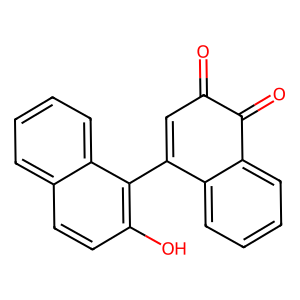
SMILES: O=C1C=C(c2c(O)ccc3ccccc23)c2ccccc2C1=O
Inhibits HIV replication: No